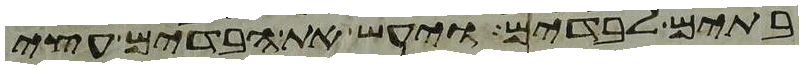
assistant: בתים לבדים ויעש את הבדים עצי